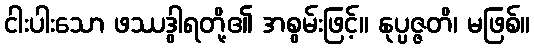
ငါးပါးသော ဖဿဒွါရတို့၏ အစွမ်းဖြင့်။ နုပ္ပဇ္ဇတိ၊ မဖြစ်။